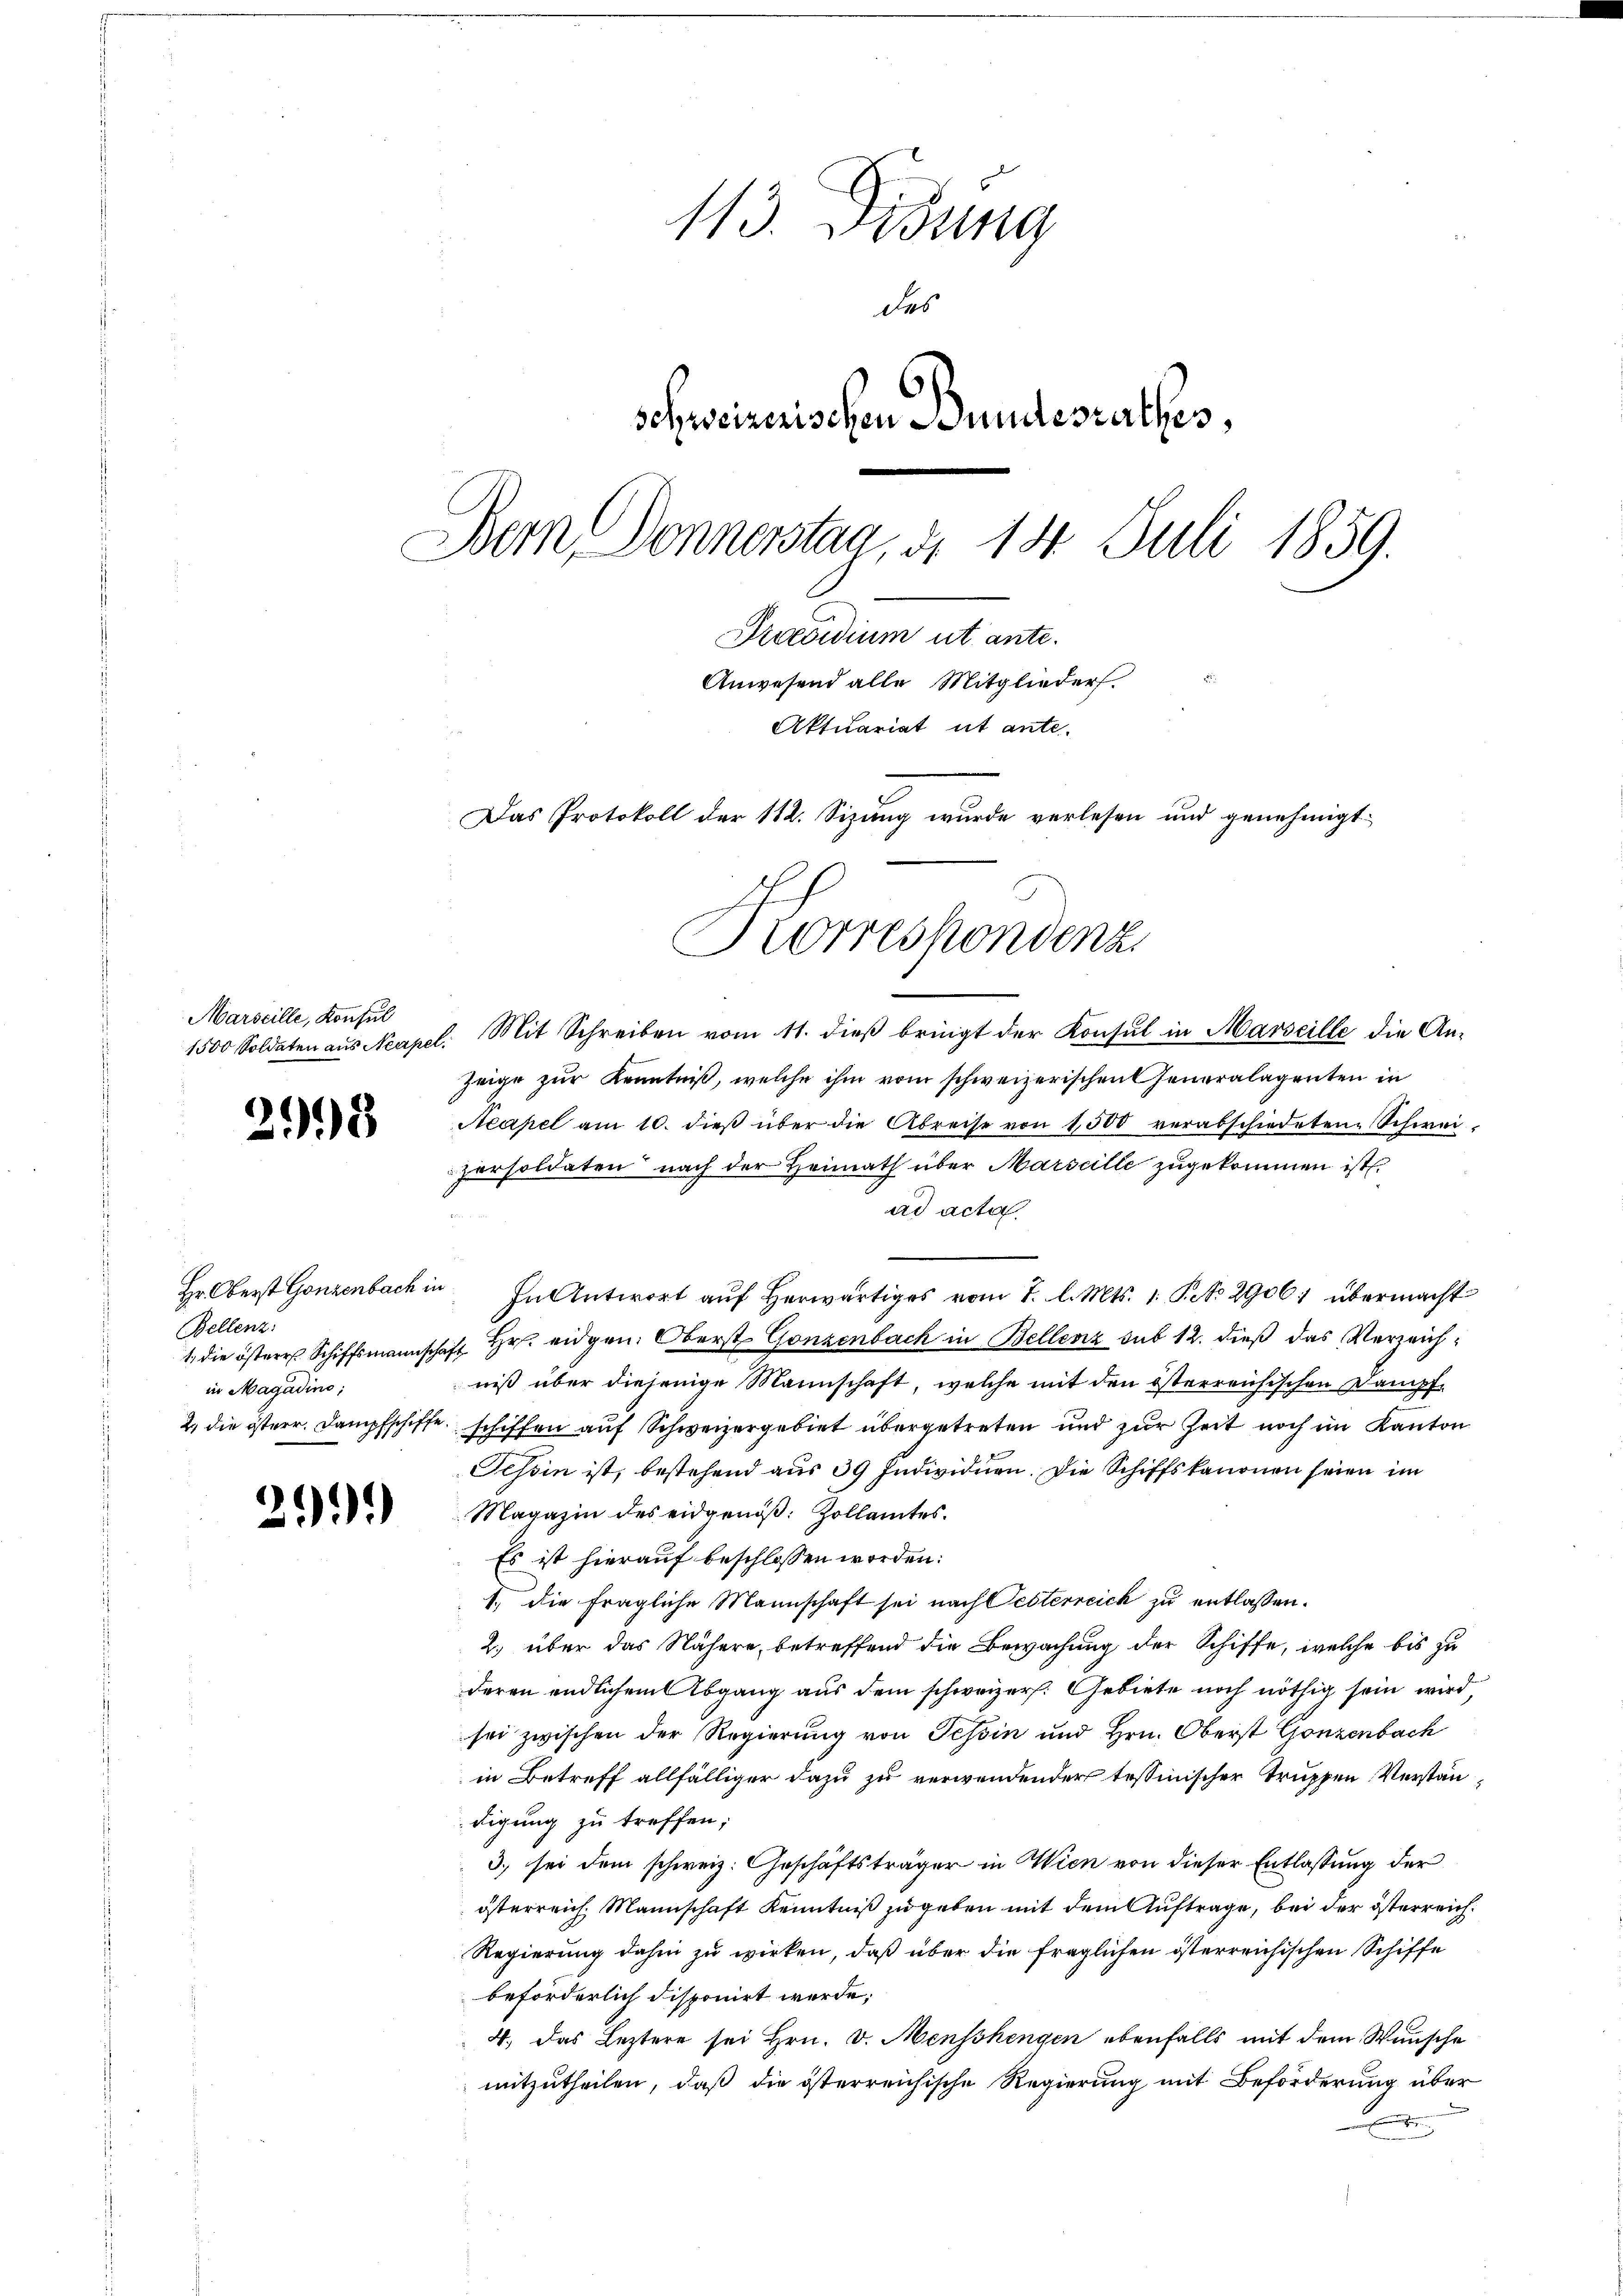
Marseille, Konsul

2998

Bellenz:
in Magadino;

2999

113. Didung
des
schweizerischen Bundesrathes,
Dem Donnerstag, d. 14. Juli 1859.
Praesidium ut ante.
Anwesend alle Mitglieder.
Aktuariat ut ante.
Das Protokoll der 112. Sizung wurde verlesen und genehmigt.
Korrespondenz

1500 Soldaten aus Neapel. Mit Schreiben vom 11. dieß bringt der Konsul in Marseille die An-
Zeige zur Kenntniß, welche ihm vom schweizerischen Generalagenten in
Acapel am 10. dieß über die Abreise von 1500 verabschiedeten Schweipersoldaten nach der Heimath über Marseille zugekommen ist.
ad acta
Hr Oberst Gonzenbach in In Antwort aŭf herwärtiges vom 7. l. Mts. 1. P. No 2906; übermacht
1. die östere Schiffsmannschaft Hr. eidgen. Oberst Gonzenbach in Bellenz sub 12. dieß das Verzeichniß über diejenige Mannschaft, welche mit den österreichischen Dampf¬
2., die österr. Dampfschiffe, schiffen auf Schweizergebiet übergetreten und zur Zeit noch im Kanton
Tessin ist, bestehend aus 39 Individuen. Die Schiffskanonen seien im
Magazin des eidgenöß: Zollamtes.
Es ist hierauf beschlossen worden:
1., die fragliche Mannschaft sei nach Testerreich zu entlassen.
2. über das Nähere, betreffend die Bewachung der Schiffe, welche bis zu
deren endlichem Abgang aus dem schweizer. Gebiete noch nöthig sein wird,
sei zwischen der Regierung von Tessin und Hrn. Oberst Gonzenbach
in Betreff allfälliger dazu zu verwendender tessinischer Truppen Verständigung zu treffen;
3) sei dem schweiz. Geschäftsträger in Wien von dieser Entlassung der
österreich. Mannschaft Kenntniß zu geben mit dem Auftrage, bei der österreich¬
Regierung dahin zu wirken, daß über die fraglichen österreichischen Schiffe
beförderlich disponirt werde;
4. Das Leztere sei Hrn. v. Menschengen ebenfalls mit dem Wunsche
mitzutheilen, daß die österreichische Regierung mit Beförderung über
t